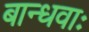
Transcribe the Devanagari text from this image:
बान्धवाः